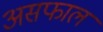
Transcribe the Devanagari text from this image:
असफाल